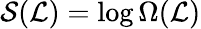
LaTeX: \mathcal{S}(\mathcal{{L}})=\log\Omega(\mathcal{{L}})